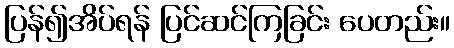
ပြန်၍အိပ်ရန် ပြင်ဆင်ကြခြင်း ပေတည်း။